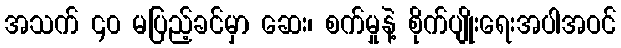
အသက် ၄၀ မပြည့်ခင်မှာ ဆေး၊ စက်မှုနဲ့ စိုက်ပျိုးရေးအပါအဝင်